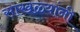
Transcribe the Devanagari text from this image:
साखळ्यांनी